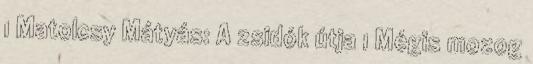
1 Matolcsy Mátyás: A zsidók útja 1 Mégis mozog